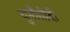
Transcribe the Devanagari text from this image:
चुनौतीदी